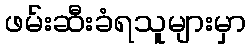
ဖမ်းဆီးခံရသူများမှာ